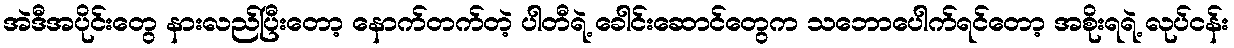
အဲဒီအပိုင်းတွေ နားလည်ပြီးတော့ နောက်တက်တဲ့ ပါတီရဲ့ ခေါင်းဆောင်တွေက သဘောပေါက်ရင်တော့ အစိုးရရဲ့ လုပ်ငန်း